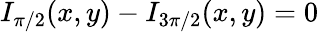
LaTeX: I_{\pi/2}(x,y)-I_{3\pi/2}(x,y)=0